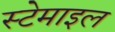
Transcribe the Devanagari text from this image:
स्टेमाइल